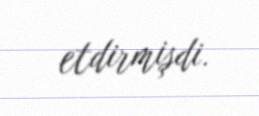
etdirmişdi.